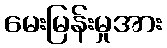
မေးမြန်းမှုအား